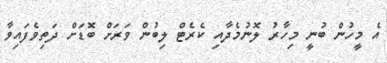
އެ މީހުން ބުނީ މިހާރު ލޮނުމެދާއި ކެރެޓް ލިބުން ވަރަށް ބޮޑަށް ދަތިވެފައިވާ